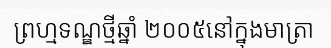
ព្រហ្មទណ្ឌថ្មីឆ្នាំ ២០០៥នៅក្នុងមាត្រា